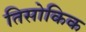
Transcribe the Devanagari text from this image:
तिसोकिक